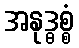
အနုဒ္ဓစ္စံ